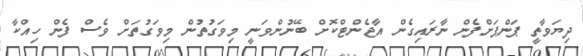
ދިޔަވާތީ ޕަންޕަށްފެން ނާރައިގެން އާޖެންޓްކޮށް ބޭނުންވަނީ މިވަގުތުން މިވަގުތަށް ވެސް ފެން ހިއްކާ